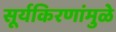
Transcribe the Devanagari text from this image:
सूर्यकिरणांमुळे